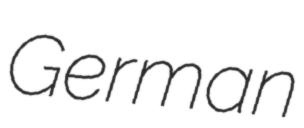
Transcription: German